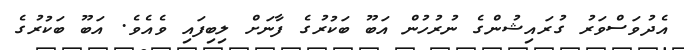
އެދުވަސްވަރު ގުރައިޝުންގެ ނުރުހުން އަބޫ ބަކުރުގެ ފާނަށް ލިބިފައި ވެއެވެ. އަބޫ ބަކުރުގެ